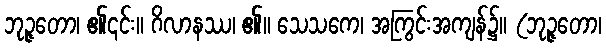
ဘုဉ္ဇတော၊ ၏၎င်း။ ဂိလာနဿ၊ ၏။ သေသကေ၊ အကြွင်းအကျန်၌။ (ဘုဉ္ဇတော၊